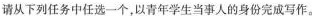
请从下列任务中任选一个，以青年学生当事人的身份完成写作。